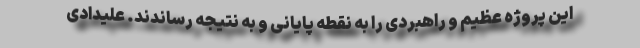
این پروژه عظیم و راهبردی را به نقطه پایانی و به نتیجه رساندند. علیدادی